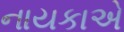
નાયકાએ